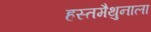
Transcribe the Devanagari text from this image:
हस्तमैथुनाला